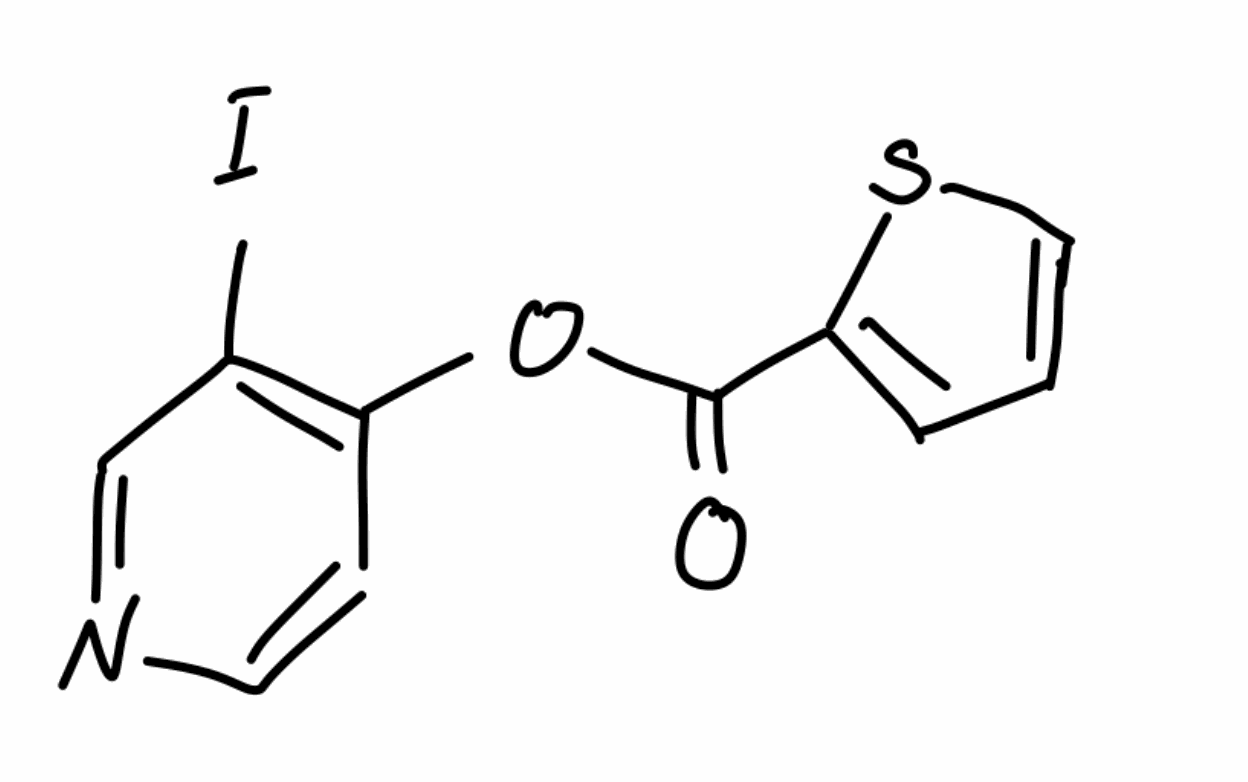
Simplified molecular-input line-entry system (SMILES) notation of the given molecule:
C1=CSC(=C1)C(=O)OC2=C(C=NC=C2)I